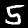
Digit: 5